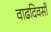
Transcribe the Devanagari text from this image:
वाढदिवसी